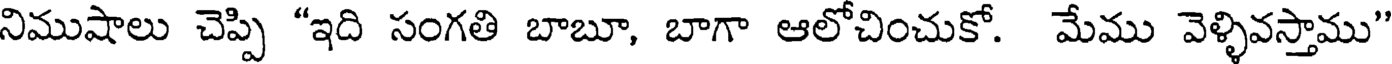
నిముషాలు చెప్పి "ఇది సంగతి బాబూ, బాగా ఆలోచించుకో. మేము వెళ్ళివస్తాము"